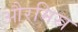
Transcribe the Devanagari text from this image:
औरमिस्र